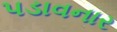
પડાવનાર